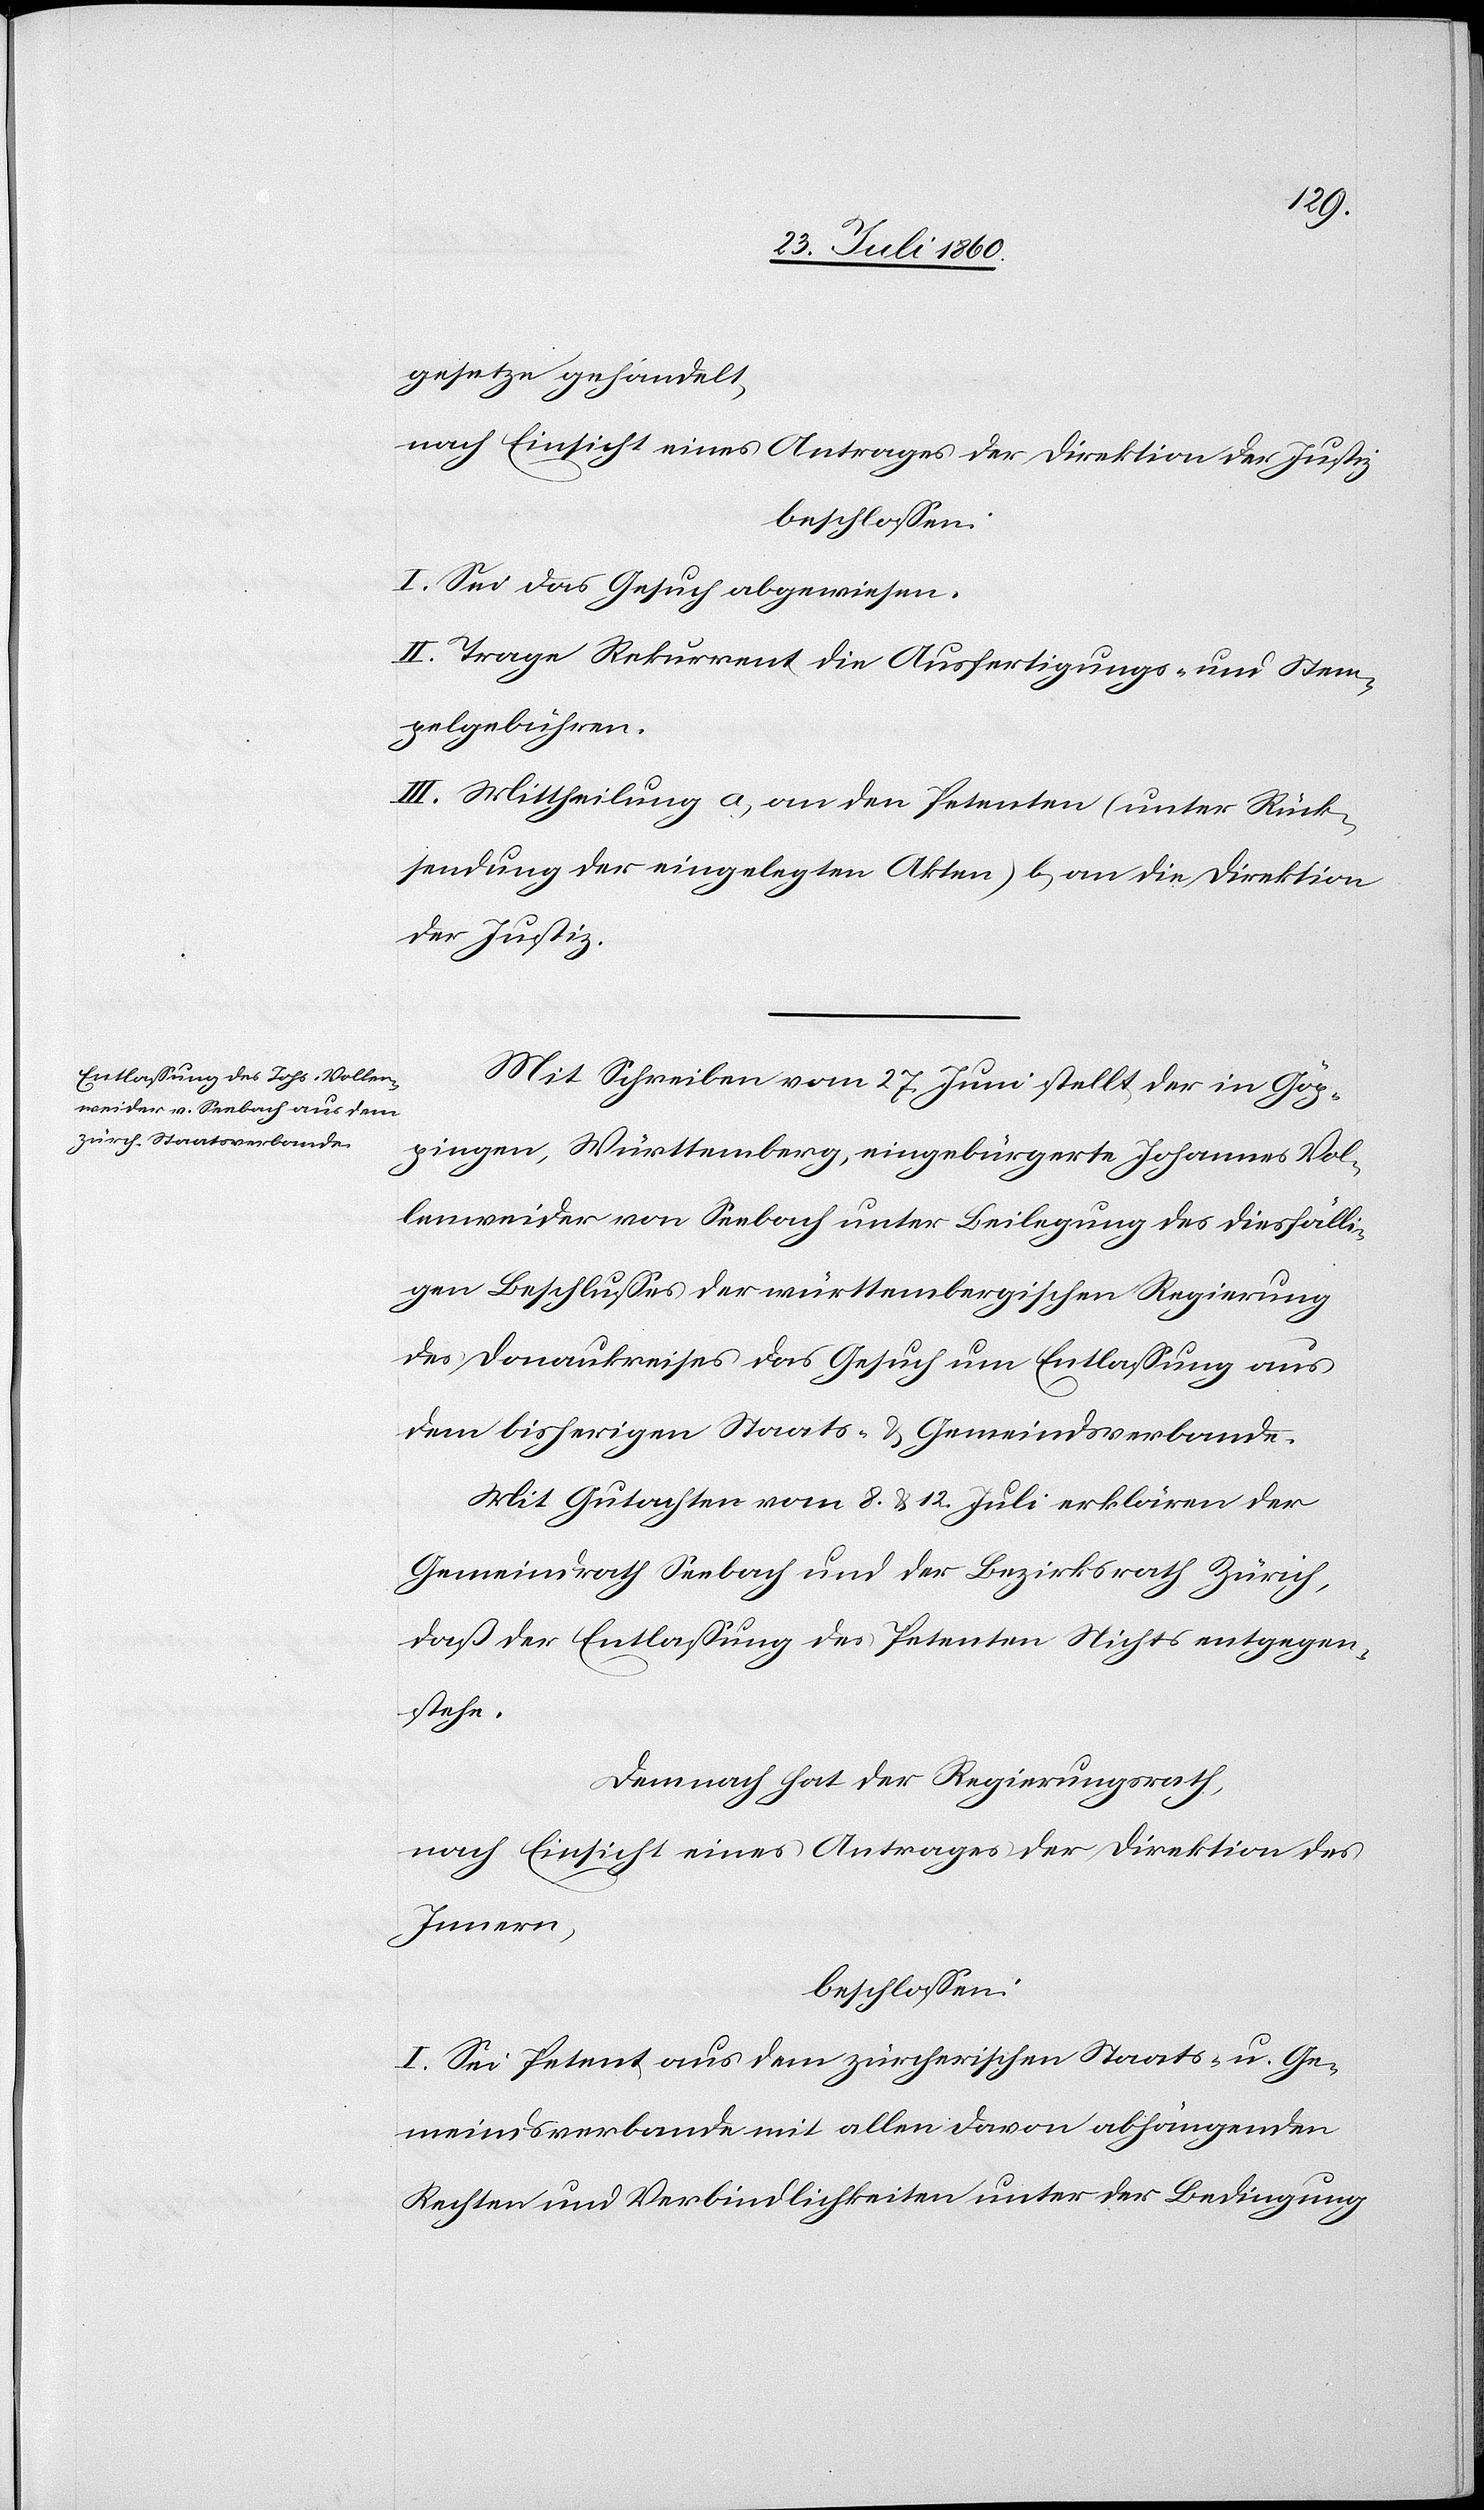
gesetze gehandelt.
nach Einsicht eines Antrages der Direktion der Justiz,
beschlossen.
I. Sei das Gesuch abgewiesen.
II. Trage Rekurrent die Ausfertigungs- und Stem¬
pelgebühren.
III. Mittheilung a) an den Petenten (unter Rück¬
sendung der eingelegten Akten) b) an die Direktion
der Justiz.
Mit Schreiben vom 27. Juni stellt der in Göp¬
pingen, Württemberg eingebürgerte Johannes Vol¬
lenweider von Seebach unter Beilegung des diesfälli¬
gen Beschlusses der Württembergischen Regierung
des Donaukreises das Gesuch um Entlassung aus
dem bisherigen Staats- und Gemeindsverbande.
Mit Gutachten vom 8. u. 12. Juli erklären der
Gemeindrath Seebach und der Bezirksrath Zürich,
dass der Entlassung des Petenten Nichts entgegen¬
stehe.
Demnach hat der Regierungsrath,
nach Einsicht eines Antrages der Direktion des
Innern
beschlossen:
I. Sei Petent aus dem zürcherischen Staats- u. Ge¬
meindsverbande mit allen davon abhängenden
Rechten und Verbindlichkeiten unter der Bedingung